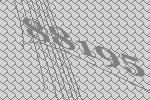
88195